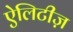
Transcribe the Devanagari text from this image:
ऐलिटीज़